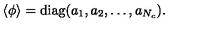
\langle \phi \rangle = \mathrm { d i a g } ( a _ { 1 } , a _ { 2 } , \ldots , a _ { N _ { c } } ) .